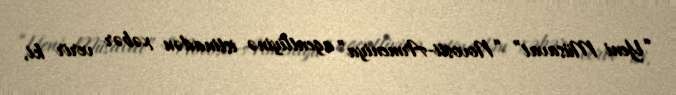
“Yeni Müsavat” “Novosti-Armeniya” agentliyinə istinadən xəbər verir ki,